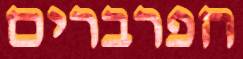
הפרברים